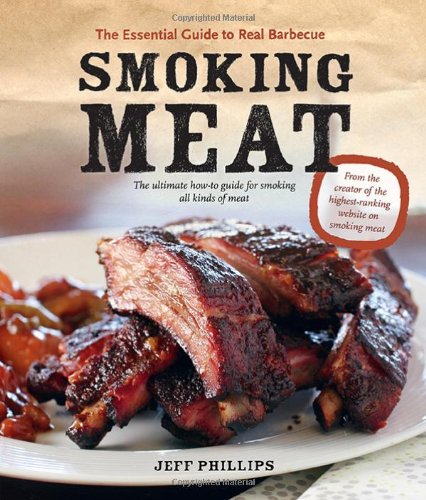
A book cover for Smoking Meat: The Essential Guide to Real Barbecue; Jeff Phillips; Cookbooks, Food & Wine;